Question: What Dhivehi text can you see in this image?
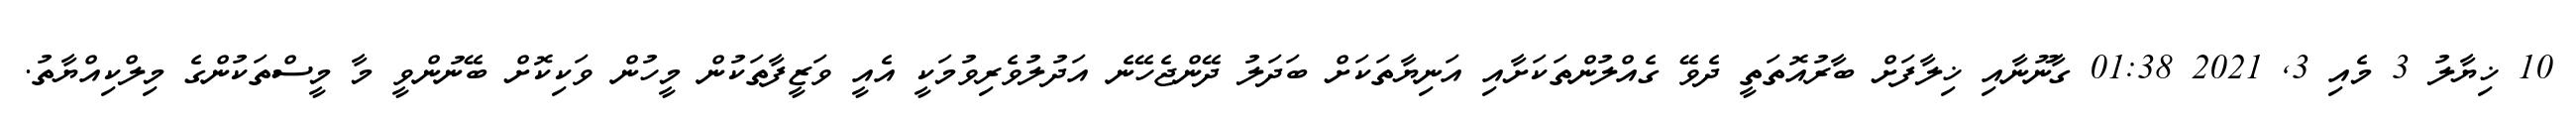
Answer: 10 ޚިޔާލު 3 މެއި 3, 2021 01:38 ގާނޫނާއި ޚިލާފަށް ބާރުއޮތަތީ ދެވޭ ގެއްލުންތަކަށާއި އަނިޔާތަކަށް ބަދަލު ދޭންޖެހޭނެ އަދުލުވެރިވުމަކީ އެއީ ވަޒީފާތަކުން މީހުން ވަކިކޮށް ބޭނުންވީ މާ މީސްތަކުންގެ މިލްކިއްޔާތު.